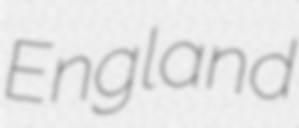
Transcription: England